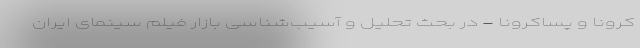
کرونا و پساکرونا - در بحث تحلیل و آسیب‌شناسی بازار فیلم سینمای ایران